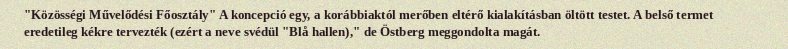
"Közösségi Művelődési Főosztály" A koncepció egy, a korábbiaktól merőben eltérő kialakításban öltött testet. A belső termet eredetileg kékre tervezték (ezért a neve svédül "Blå hallen)," de Östberg meggondolta magát.